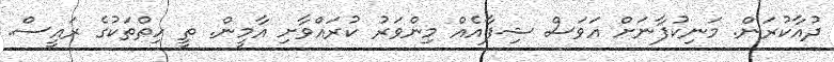
ދުއާކުރަން. މަނިކުފާނަށް އަވަސް ޝިފާއެއް މިންވަރު ކުރައްވާށި އާމީން. ތީ ހިތްތަކުގެ ރައީސް.